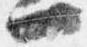
一